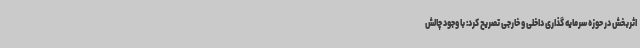
اثربخش در حوزه سرمایه گذاری داخلی و خارجی تصریح کرد: با وجود چالش